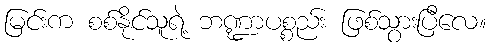
မြင်းက စစ်နိုင်သူရဲ့ ဘဏ္ဍာပစ္စည်း ဖြစ်သွားပြီလေ။